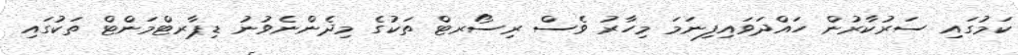
ކަމުގައި ސަރުކާރުން ހައްދަވައިފިނަމަ މިހާރު ވެސް ރިސޯރޓް ތަކުގެ މިދެންނެވުނު ޑިޕާރޓްމަންޓް ތަކުގައި